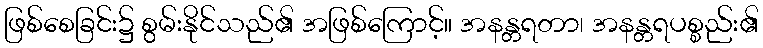
ဖြစ်စေခြင်း၌ စွမ်းနိုင်သည်၏ အဖြစ်ကြောင့်။ အနန္တရတာ၊ အနန္တရပစ္စည်း၏